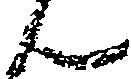
ん